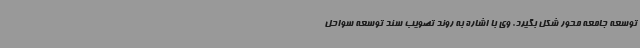
توسعه جامعه محور شکل بگیرد. وی با اشاره به روند تصویب سند توسعه سواحل